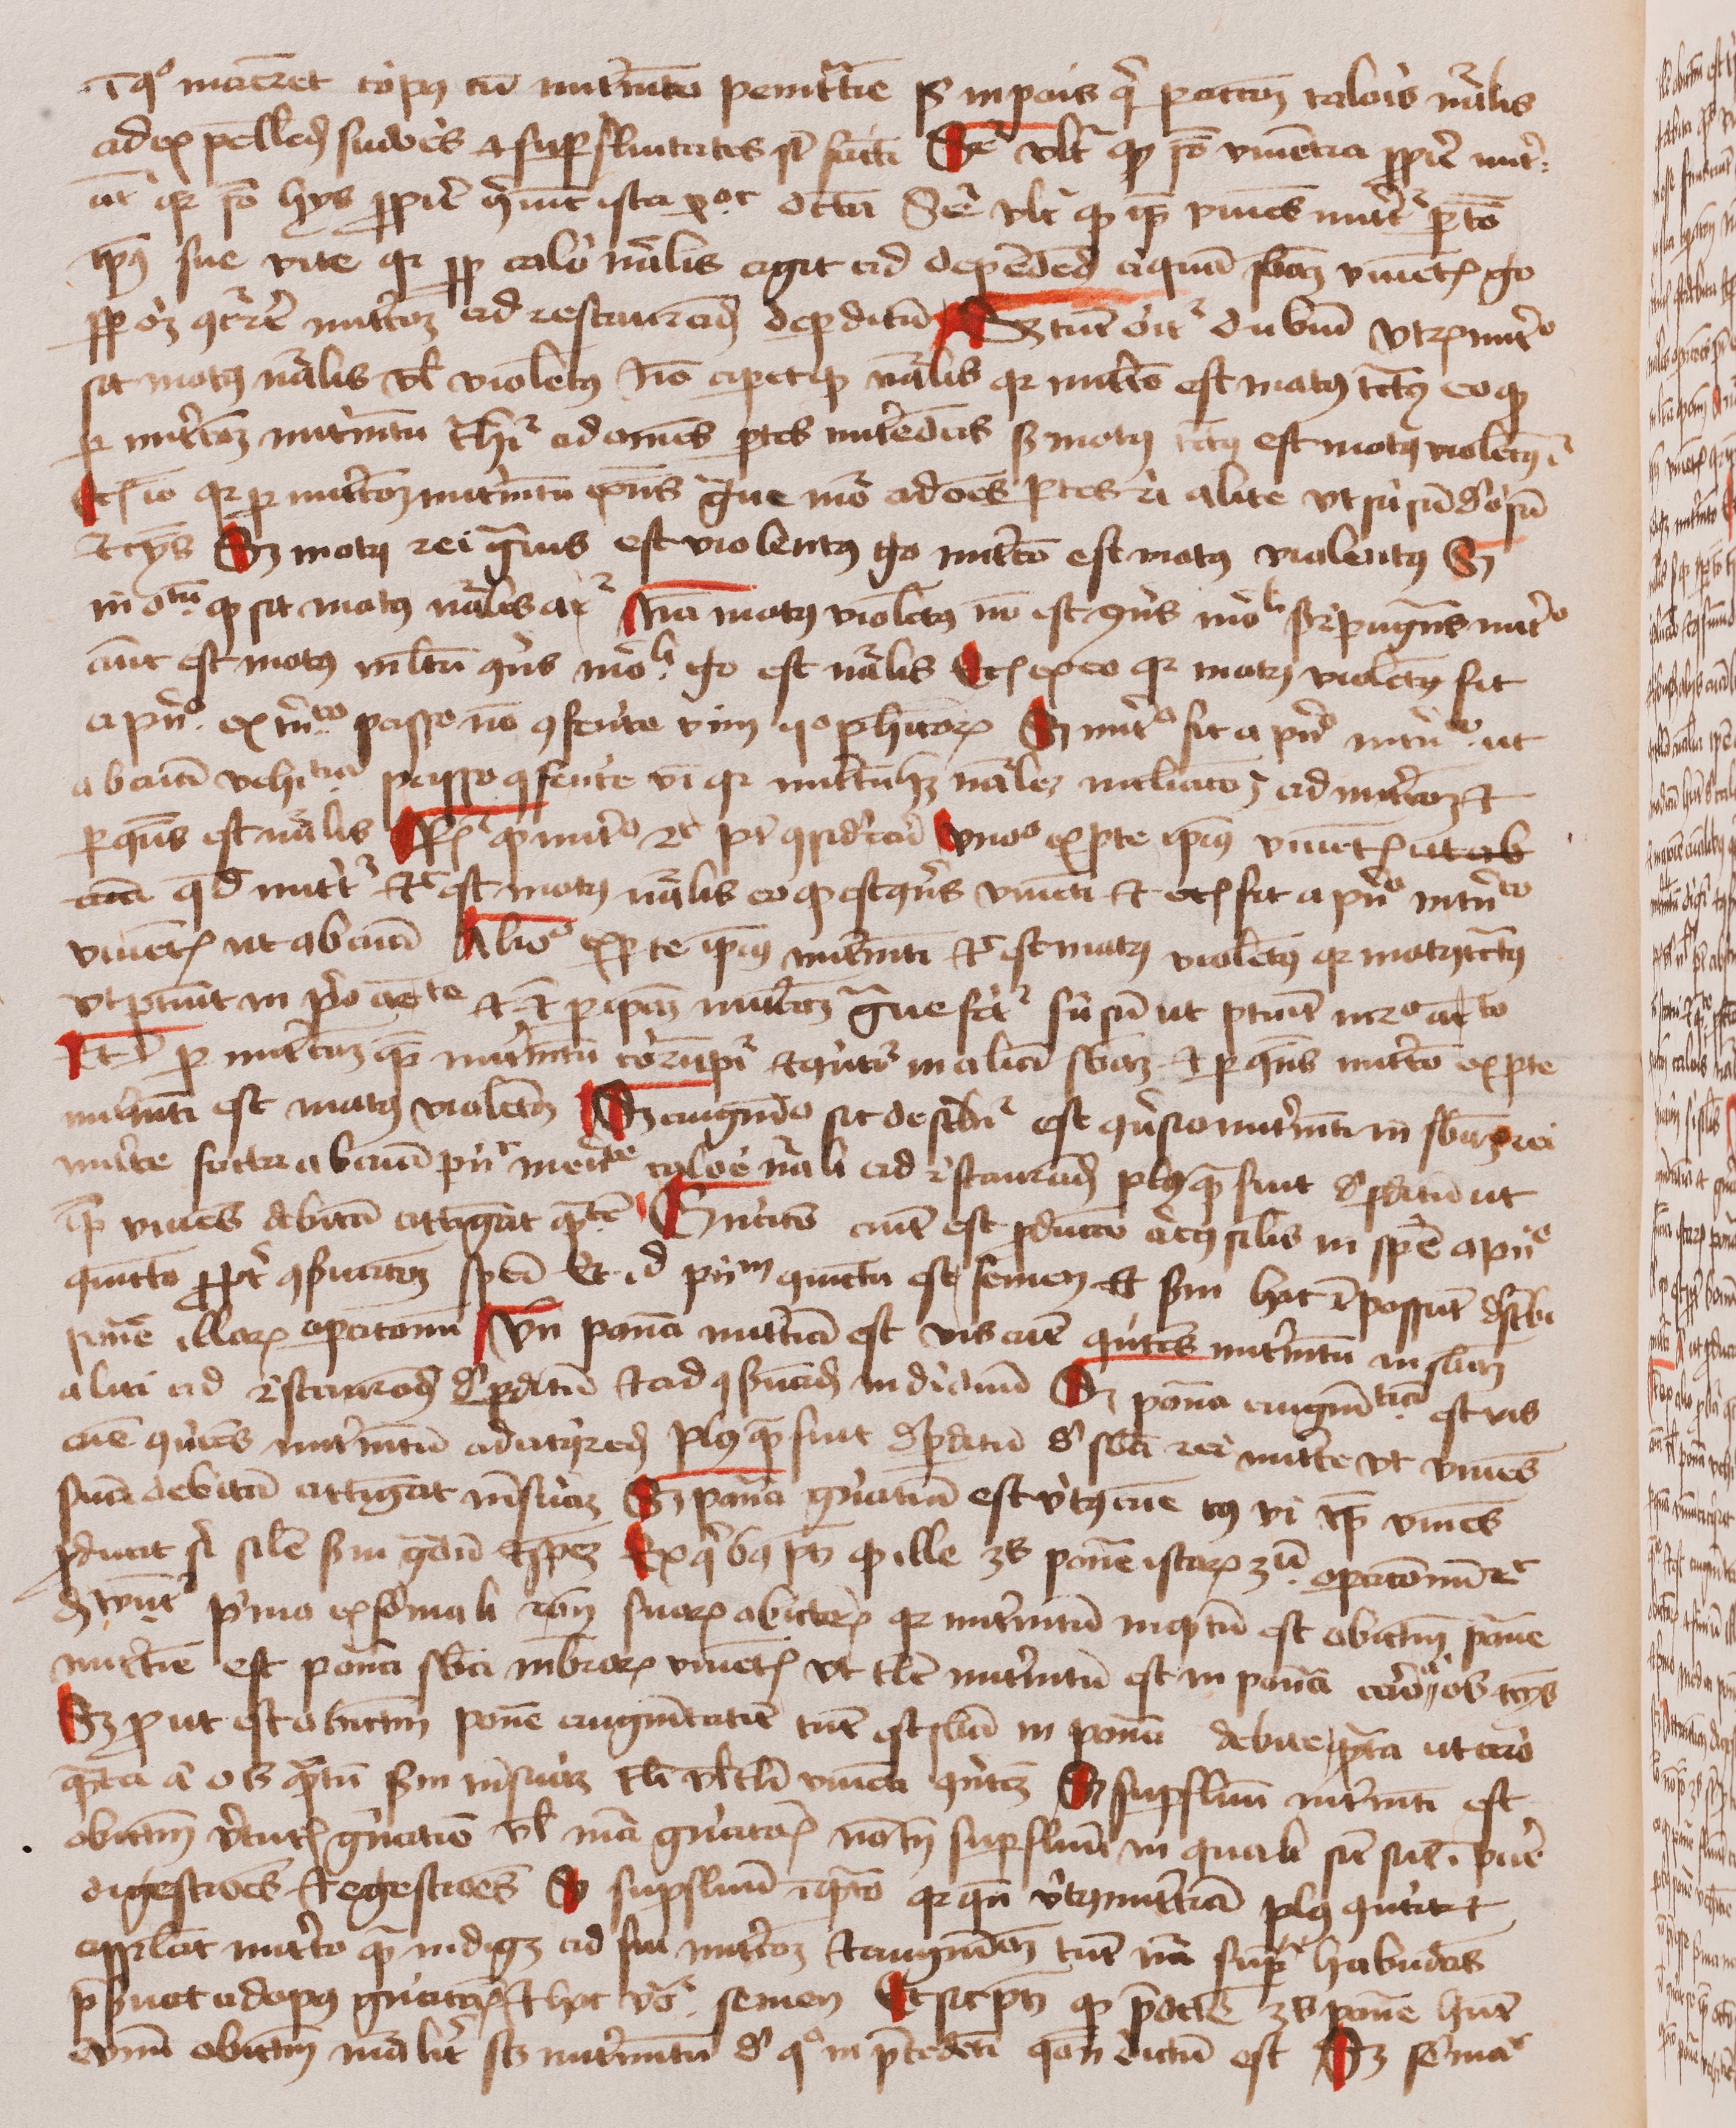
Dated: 1400–1499